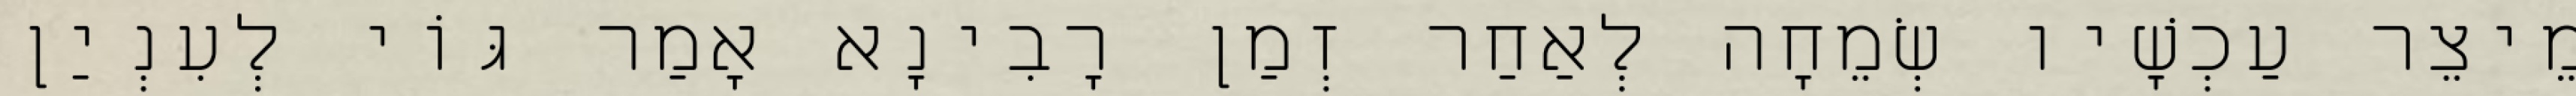
מֵיצֵר עַכְשָׁיו שְׂמֵחָה לְאַחַר זְמַן רָבִינָא אָמַר גּוֹי לְעִנְיַן